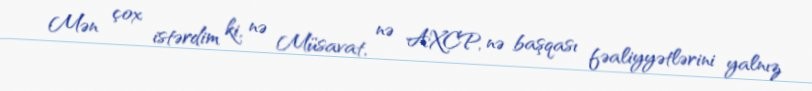
Mən çox istərdim ki, nə Müsavat, nə AXCP, nə başqası fəaliyyətlərini yalnız